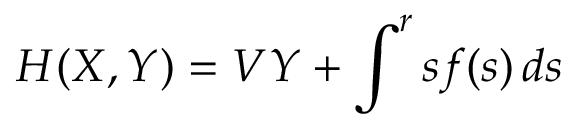
H ( X , Y ) = V Y + \int ^ { r } s f ( s ) \, d s